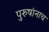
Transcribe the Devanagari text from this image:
पुरुषांनाच